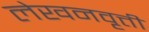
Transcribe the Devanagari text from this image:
लेखनवृत्ती